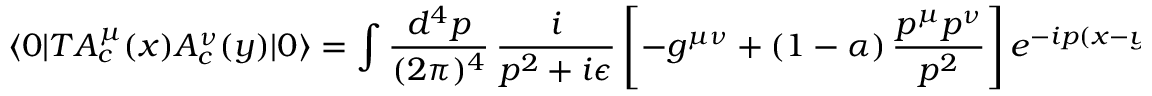
\langle 0 | T A _ { c } ^ { \mu } ( x ) A _ { c } ^ { \nu } ( y ) | 0 \rangle = \int \frac { d ^ { 4 } p } { ( 2 \pi ) ^ { 4 } } \, \frac { i } { p ^ { 2 } + i \epsilon } \left[ - g ^ { \mu \nu } + ( 1 - \alpha ) \, \frac { p ^ { \mu } p ^ { \nu } } { p ^ { 2 } } \right] e ^ { - i p ( x - y ) }